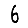
Digit: 6